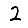
Digit: 2